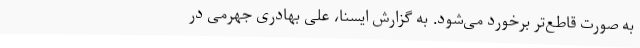
به صورت قاطع‌تر برخورد می‌شود. به گزارش ایسنا، علی بهادری جهرمی در